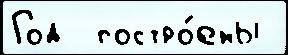
Год  постро́ены